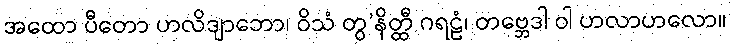
အထော ပီတော ဟလိဒျာဘော၊ ဝိသံ တွ’နိတ္ထီ ဂရဠံ၊ တဗ္ဘေဒါ ဝါ ဟလာဟလော။